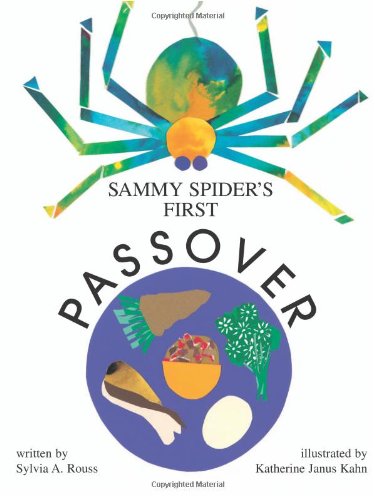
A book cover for Sammy Spider's First Passover; Sylvia A. Rouss; Children's Books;